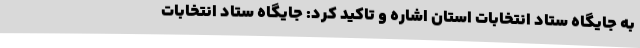
به جایگاه ستاد انتخابات استان اشاره و تاکید کرد: جایگاه ستاد انتخابات